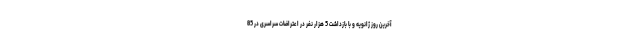
آخرین روز ژانویه و با بازداشت 5 هزار نفر در اعتراضات سراسری در 85